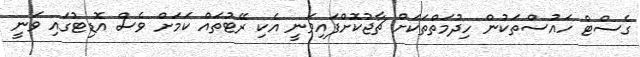
ގެސްޓް ހައުސްތަކުން ހިދުމަތްތަކަށް ޗާޖުކޮށްފައިވަނީ އެކި ރޭޓުތައް ކަމަށް ވެސް އޮޑިޓުގައި ވަނީ